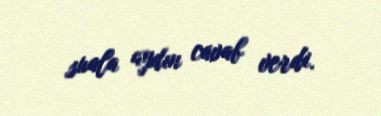
suala aydın cavab verdi.